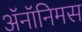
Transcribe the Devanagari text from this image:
ॲनॉनिमस